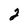
Character: 2